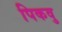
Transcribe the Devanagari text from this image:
पिकवु